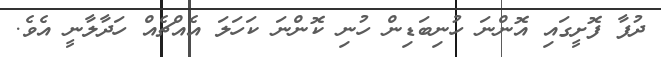
ދުފާ ފޮށީގައި އޮންނަ ހުނިބަޑިން ހުނި ކޮންނަ ކަހަލަ އެއްޗެއް ހަދާލާނީ އެވެ.